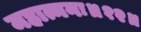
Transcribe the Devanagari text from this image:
महात्मनः॥१२॥